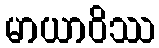
မာယာဝိဿ